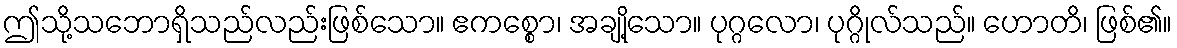
ဤသို့သဘောရှိသည်လည်းဖြစ်သော။ ဧကစ္စော၊ အချို့သော။ ပုဂ္ဂလော၊ ပုဂ္ဂိုလ်သည်။ ဟောတိ၊ ဖြစ်၏။